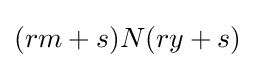
(rm+s)N(ry+s)